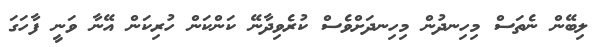
ލިބޭން ނެތަސް މިހިނދުން މިހިނދަށްވެސް ކުރެވިދާނޭ ކަންކަން ހުރިކަން އޭނާ ވަނީ ފާހަގަ